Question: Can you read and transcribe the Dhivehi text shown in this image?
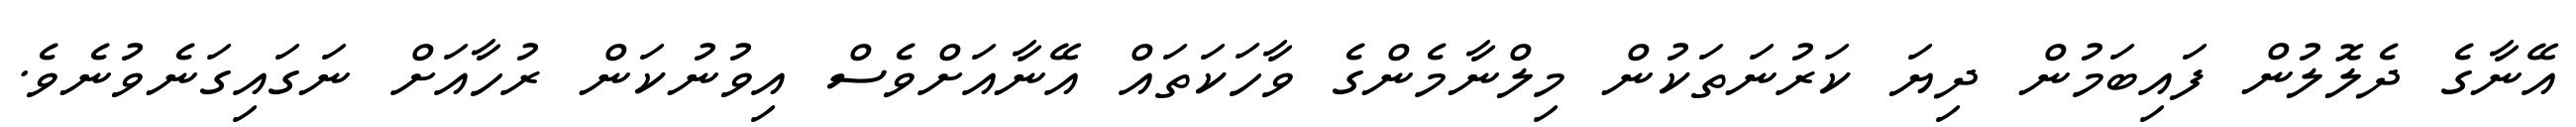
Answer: އޭނާގެ ދެލޮލުން ފައިބަމުން ދިޔަ ކަރުނަތަކުން މިލްނާމެންގެ ވާހަކަތައް އޭނާއަށްވެސް އިވުނުކަން ރުހާއަށް ނަގައިގަނެވުނެވެ.